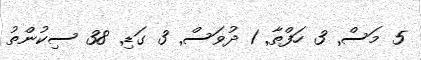
5 މަސް